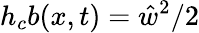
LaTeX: h_{c}b(x,t)=\hat{w}^{2}/2